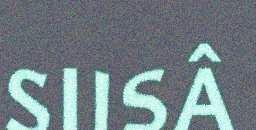
SIISÂ